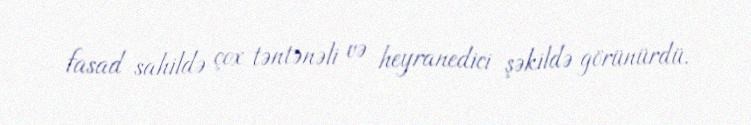
fasad sahildə çox təntənəli və heyranedici şəkildə görünürdü.